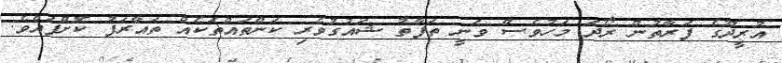
އުރީދޫގެ ފަރާތުން ރޯދަ މަހުވެސް ވަނީ ތަފާތު ޝައުގުވެރި ކަންތައްތަކެއް ތައާރަފު ކޮށްފައެވެ.